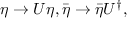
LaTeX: \eta \rightarrow U \eta , \bar { \eta } \rightarrow \bar { \eta } U ^ { \dagger } ,